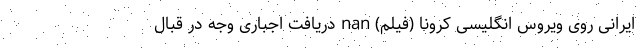
ایرانی روی ویروس انگلیسی کرونا (فیلم) nan دریافت اجباری وجه در قبال